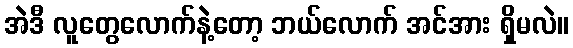
အဲဒီ လူတွေလောက်နဲ့တော့ ဘယ်လောက် အင်အား ရှိမလဲ။